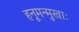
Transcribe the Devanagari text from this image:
हनूमन्मुखाः